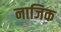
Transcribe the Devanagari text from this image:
नाजिक